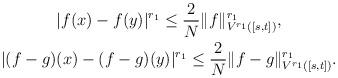
LaTeX: \begin{align*}\begin{gathered}|f(x) - f(y)|^{r_1} \le \frac 2 N \|f\|_{V^{r_1}([s,t])}^{r_1}, \\|(f-g)(x) - (f-g)(y)|^{r_1} \le \frac 2 N \|f-g\|_{V^{r_1}([s,t])}^{r_1}.\end{gathered}\end{align*}